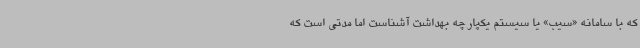
که با سامانه «سیب» یا سیستم یکپارچه بهداشت آشناست اما مدتی است که